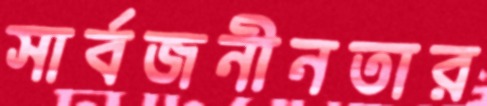
সার্বজনীনতার